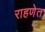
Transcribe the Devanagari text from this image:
राहणेत